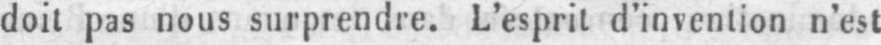
doit pas nous surprendre. L’esprit d’invention n’est